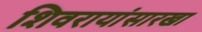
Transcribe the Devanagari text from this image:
शिवरायांसारखा